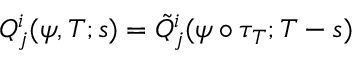
Q _ { j } ^ { i } ( \psi , T ; s ) = \tilde { Q } _ { j } ^ { i } ( \psi \circ \tau _ { T } ; T - s )